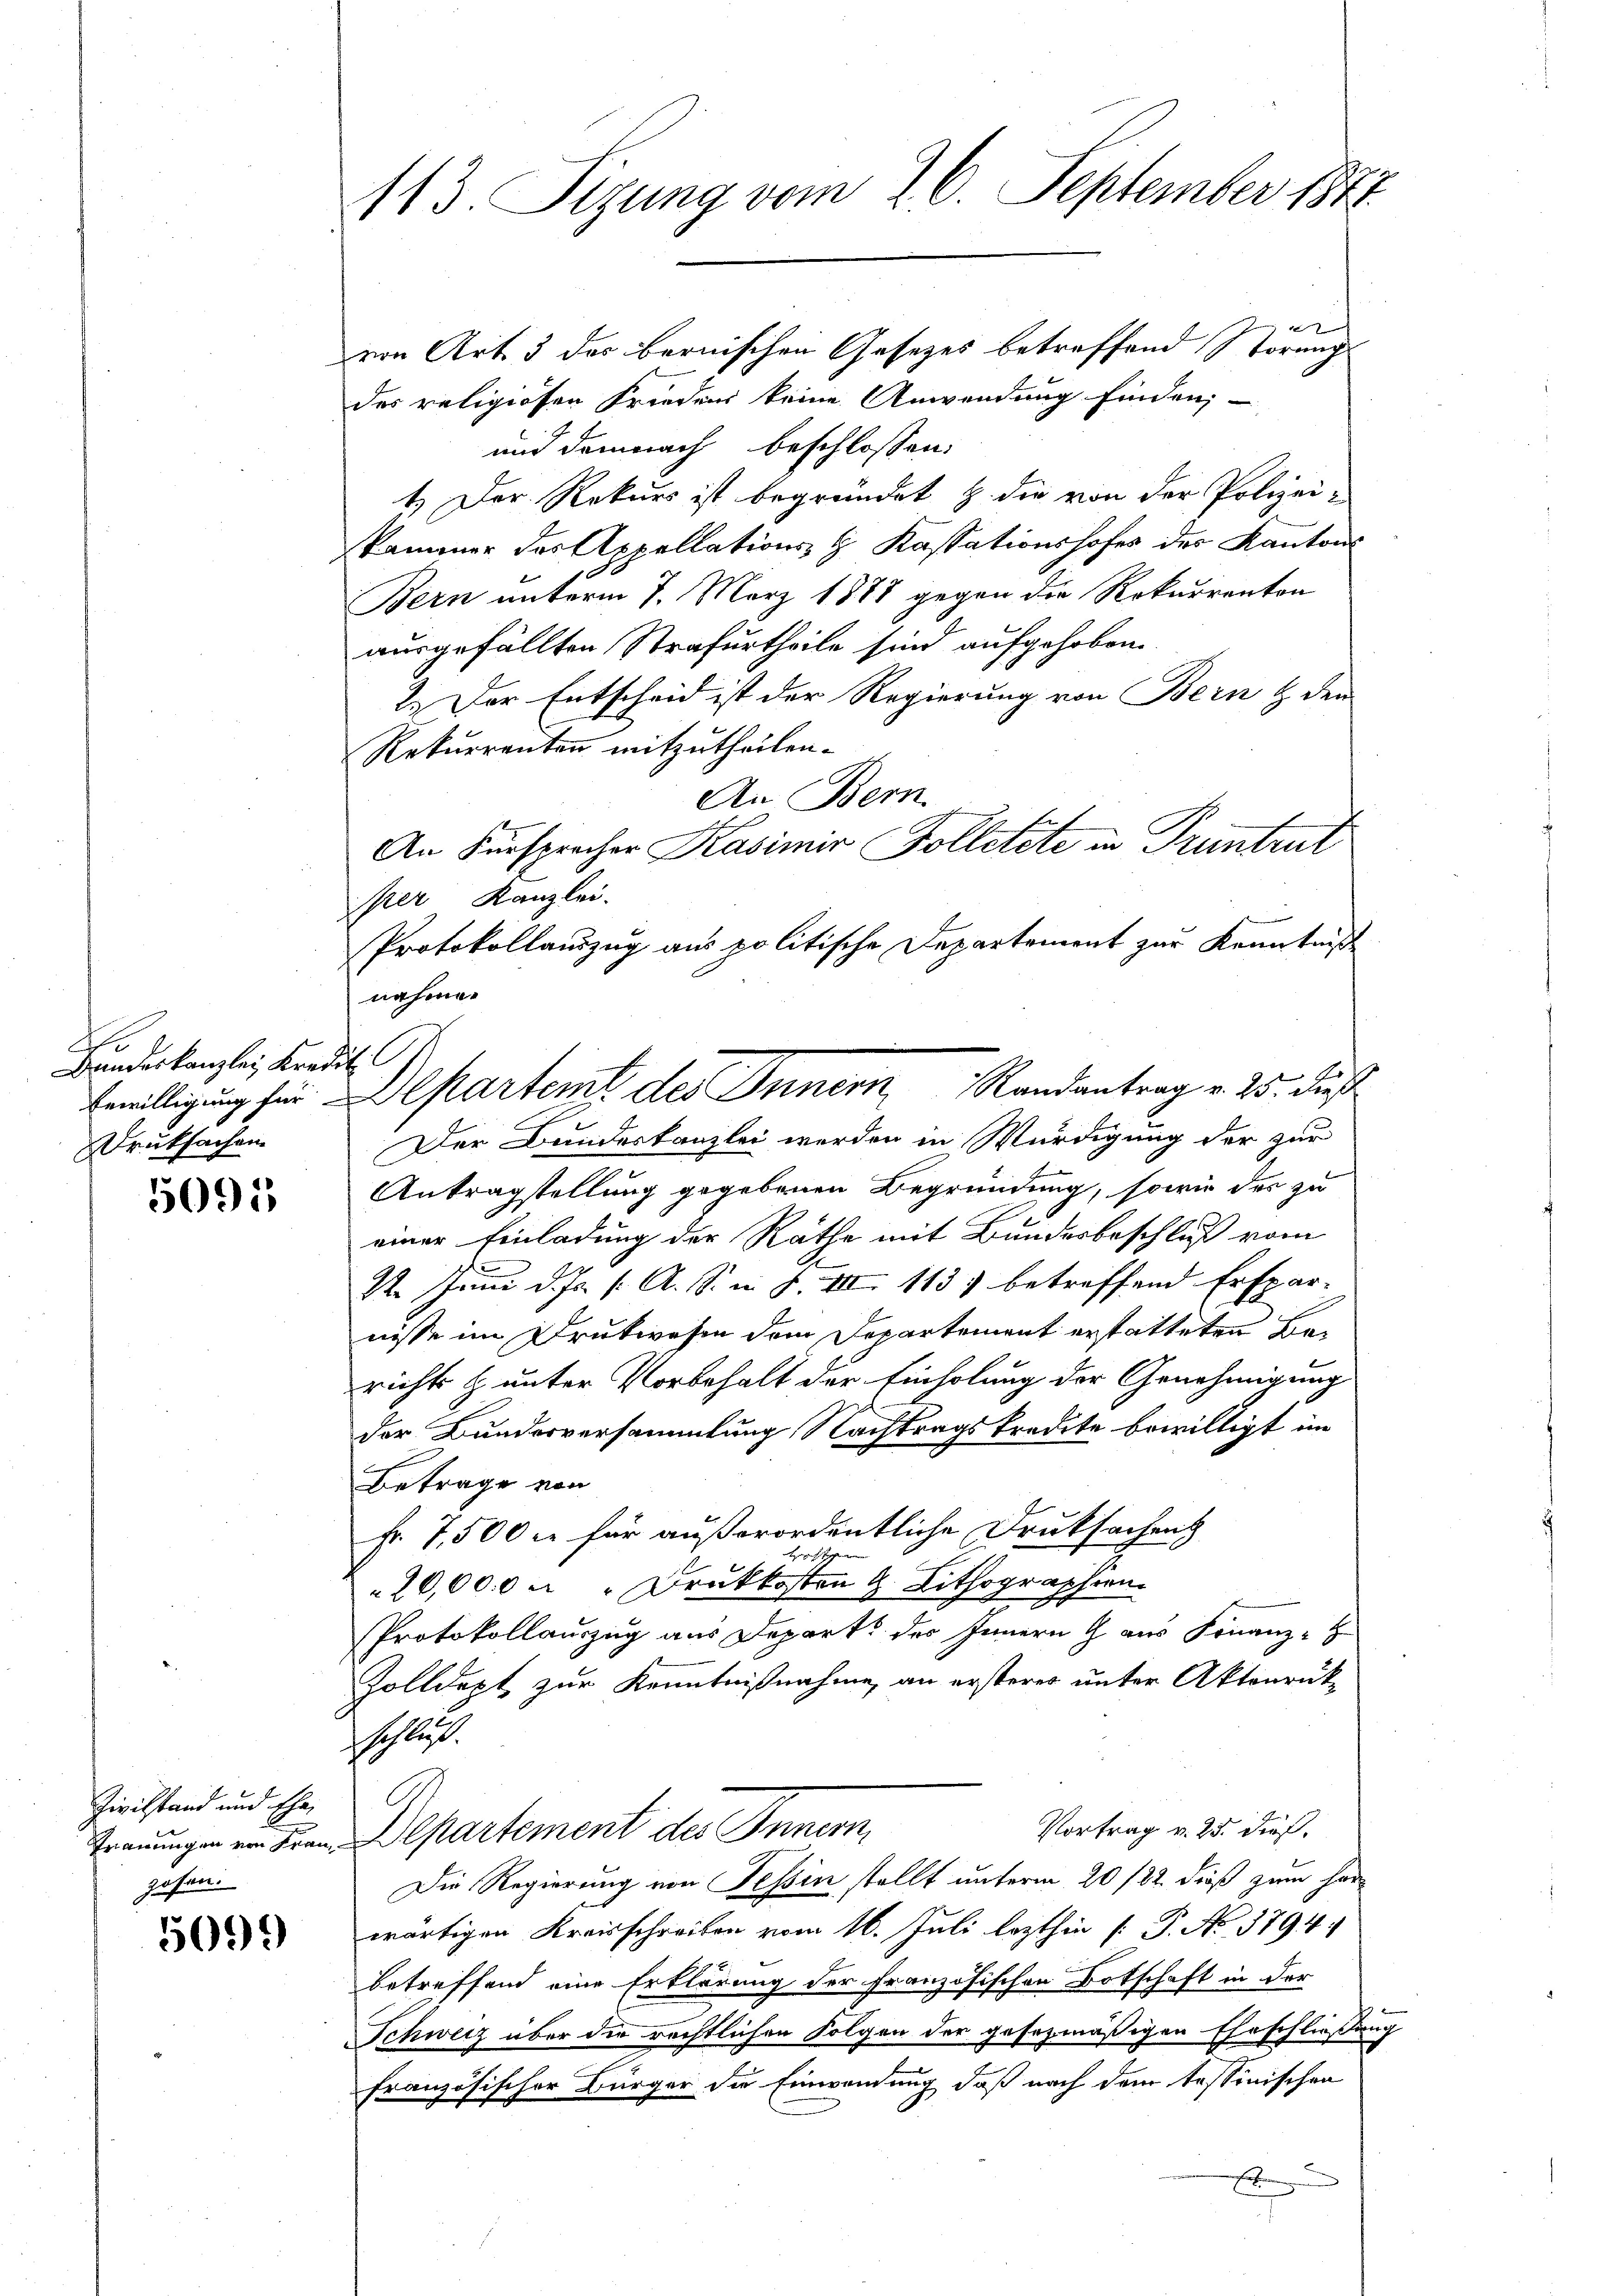
Be
Bandeskanzlei Kredit 1.
Druksachen

5091

Zivilstand und Ehe
zesen.

113. Sizung vom 16. September 1871

x
von Art. 3 des bernischen Gesetzes betreffend Störung
des religiösen Frieden keine Anwendung finden;
und demnach beschlossen:
1.) Der Rekurs ist begründet & die von der Polizeiskammer der Appellations- & Kassationshofes des Kanton
Bern unterm 7. März 1888 gegen die Rekurrenton
ausgefällten Strafurtheile sind aufgehoben.
2.) Der Entscheid ist der Regierung von Bern & den
Rekurrenten mitzutheilen.
An Bern
An Fürsprecher Kasimir Kolletete in Pruntrut
per Kanzlei.
Protokollauszug aus politische Departement zur Kenntniß
nahme.
Der Bundeskanzlei werden in Würdigung der zur
Antragstellung gegebenen Begründung, sowie des zu
einer Einladung der Räthe mit Bundesbeschluß vom
12. Juni d. Js. s. A. S. n. F. VII 113) betreffend Ersparnisse im Drukwesen dem Departement erstatteten Berichts & unter Vorbehalt der Einholung der Genehmigung
der Bundesversammlung Nachtragskredite bewilligt im
Betrage von
Fr. 7,500 c. für außerordentliche Druksachen
ec gehendenen
20,000 . " Druckkosten H. Lithographien.
PProtokollauszug aus Depart des Innern G. aus Finanz-
Zolldept zur Kenntnißnahme, an ersteres unter Aktenrück-
sschlus
Vortrag v. 25. dieß.
Trauungen er Frau Alpartement des Innern
Die Regierung von Tessin stellt unterm 20/22. dieß zum Her¬
 wärtigen Kreisschreiben vom 16. Juli lezthin (: P. No 1794.
betreffend eine Erklärung der Französischen Botschaft in der
Schweiz über die rechtlichen Folgen der gesezmäßigen Eheschließung
französischer Bürger die Einwendung daß nach dem tessinischen
e
x

Erwilligung sein partemt des Innern Randantrag v. 25. Fuß